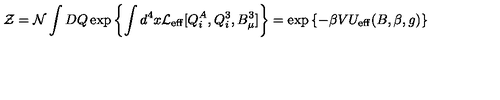
{ \cal Z } = { \cal N } \int D Q \exp \left\{ \int d ^ { 4 } x { \cal L } _ { \mathrm { e f f } } [ Q _ { i } ^ { A } , Q _ { i } ^ { 3 } , B _ { \mu } ^ { 3 } ] \right\} = \exp \left\{ - \beta V U _ { \mathrm { e f f } } ( B , \beta , g ) \right\}